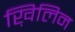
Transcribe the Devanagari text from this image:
ख़िलिन